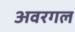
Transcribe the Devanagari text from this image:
अवरगल